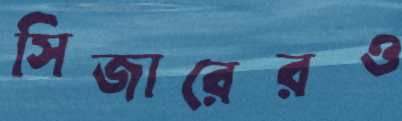
সিজারেরও